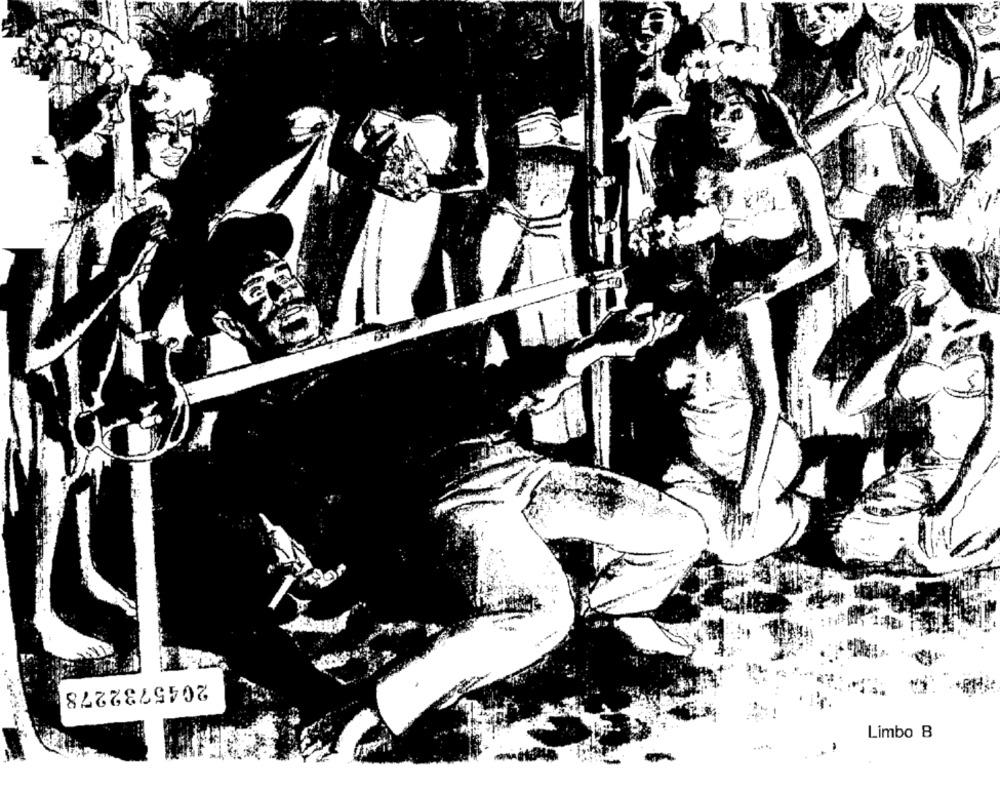
2045732278
Limbo B